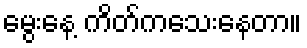
မွေးနေ့ ကိတ်ကသေးနေတာ။